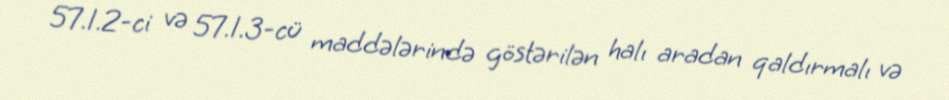
57.1.2-ci və 57.1.3-cü maddələrində göstərilən halı aradan qaldırmalı və